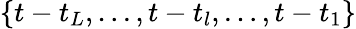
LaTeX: \{ t-t_{L},\dots,t-t_{l},\dots,t-t_{1}\}